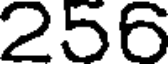
256